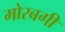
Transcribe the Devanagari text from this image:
मोरबगी